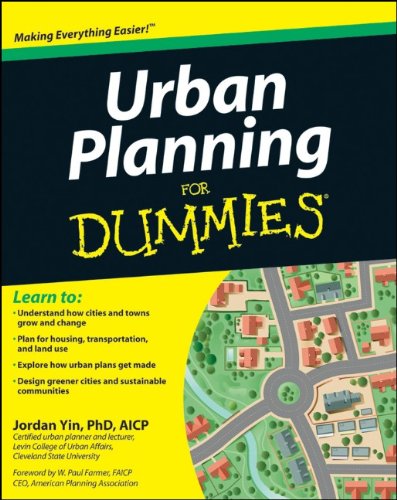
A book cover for Urban Planning For Dummies; Jordan Yin; Arts & Photography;